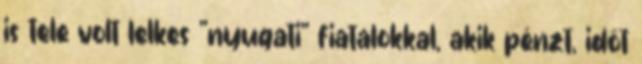
is tele volt lelkes "nyugati" fiatalokkal, akik pénzt, időt